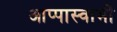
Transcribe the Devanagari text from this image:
आप्पास्वामीं